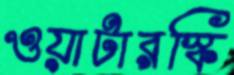
ওয়াটারস্কি